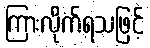
ကြားလိုက်ရသဖြင့်